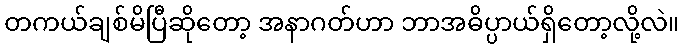
တကယ်ချစ်မိပြီဆိုတော့ အနာဂတ်ဟာ ဘာအဓိပ္ပာယ်ရှိတော့လို့လဲ။